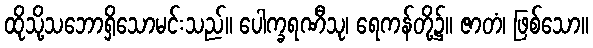
ထိုသို့သဘောရှိသောမင်းသည်။ ပေါက္ခရဏီသု၊ ရေကန်တို့၌။ ဇာတံ၊ ဖြစ်သော။